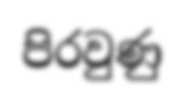
පිරවුණු